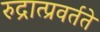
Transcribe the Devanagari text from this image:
रुद्रात्प्रवर्तते